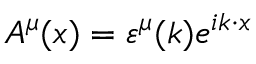
A ^ { \mu } ( x ) = \varepsilon ^ { \mu } ( k ) e ^ { i k \cdot x }